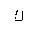
Letter: _kaf